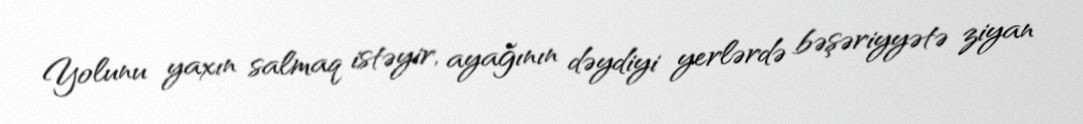
Yolunu yaxın salmaq istəyir, ayağının dəydiyi yerlərdə bəşəriyyətə ziyan